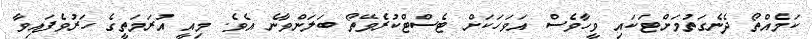
ކަމެއްތޯ ދެނެގަތުމަށްޓަކައި ވީހާވެސް އަވަހަކަށް ޓެސްޓްކުރެވޭތޯ ބަލަންވާނެ އެވެ. މިއީ އުރަމަތީގެ ހަރުވެފައިވާ